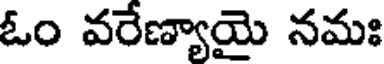
ఓం వరేణ్యాయై నమః